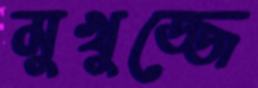
মুখুজ্জে